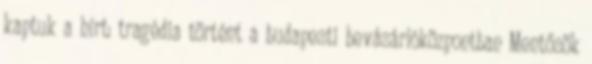
kaptuk a hírt: tragédia történt a budapesti bevásárlóközpontban Mentősök